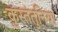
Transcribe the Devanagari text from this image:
कुस्तंतुनिया